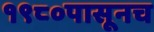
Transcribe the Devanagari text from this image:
१९८०पासूनच